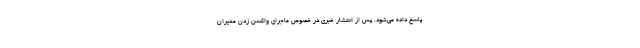
پاسخ داده می‌شود. پس از انتشار خبری در خصوص ماجرای واکسن زدن مدیران